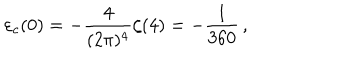
\varepsilon _ { c } ( 0 ) = - \frac { 4 } { ( 2 \pi ) ^ { 4 } } \zeta ( 4 ) = - { \frac { 1 } { 3 6 0 } } \, ,